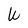
Character: W